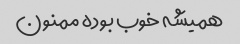
همیشه خوب بوده ممنون